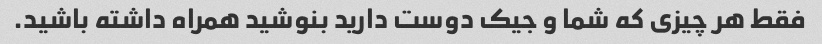
فقط هر چیزی که شما و جیک دوست دارید بنوشید همراه داشته باشید.